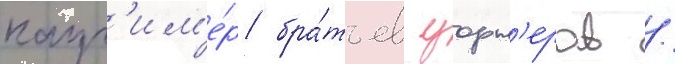
напр'им'е́р бра́тьев уорн'еров /